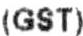
(GST)